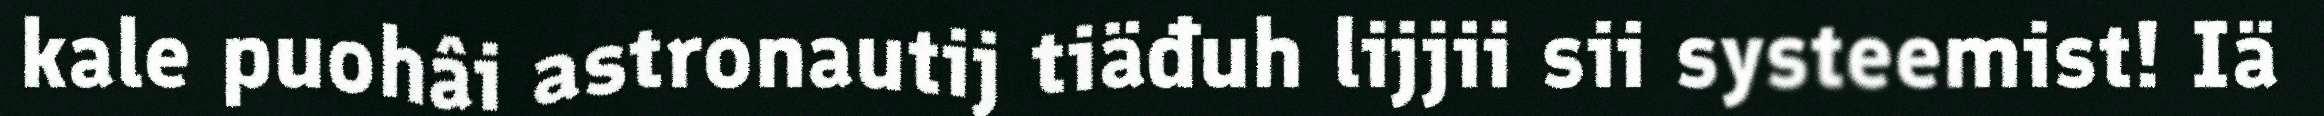
kale puohâi astronautij tiäđuh lijjii sii systeemist! Iä